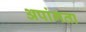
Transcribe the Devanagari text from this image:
अपांगता